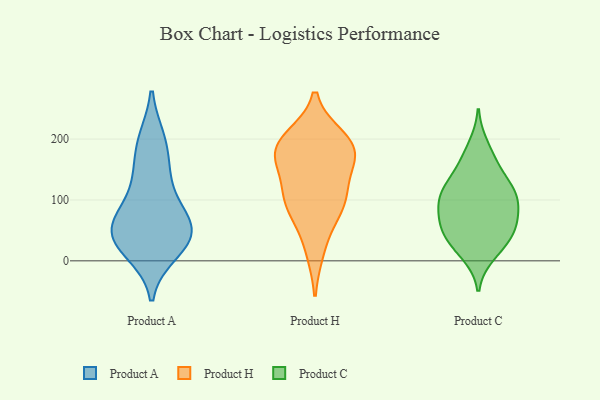
{"axis": {"x": "Inventory Turnover", "y": "Value"}, "legend": ["Product A", "Product C", "Product H"], "data": [{"x": "", "y": 38, "type": "Product A"}, {"x": "", "y": 66, "type": "Product A"}, {"x": "", "y": 196, "type": "Product A"}, {"x": "", "y": 55, "type": "Product A"}, {"x": "", "y": 92, "type": "Product A"}, {"x": "", "y": 48, "type": "Product A"}, {"x": "", "y": 198, "type": "Product A"}, {"x": "", "y": 22, "type": "Product A"}, {"x": "", "y": 137, "type": "Product A"}, {"x": "", "y": 144, "type": "Product A"}, {"x": "", "y": 65, "type": "Product A"}, {"x": "", "y": 37, "type": "Product A"}, {"x": "", "y": 15, "type": "Product A"}, {"x": "", "y": 104, "type": "Product H"}, {"x": "", "y": 19, "type": "Product H"}, {"x": "", "y": 101, "type": "Product H"}, {"x": "", "y": 157, "type": "Product H"}, {"x": "", "y": 103, "type": "Product H"}, {"x": "", "y": 200, "type": "Product H"}, {"x": "", "y": 189, "type": "Product H"}, {"x": "", "y": 187, "type": "Product H"}, {"x": "", "y": 179, "type": "Product H"}, {"x": "", "y": 177, "type": "Product H"}, {"x": "", "y": 78, "type": "Product H"}, {"x": "", "y": 190, "type": "Product C"}, {"x": "", "y": 70, "type": "Product C"}, {"x": "", "y": 10, "type": "Product C"}, {"x": "", "y": 100, "type": "Product C"}, {"x": "", "y": 70, "type": "Product C"}, {"x": "", "y": 166, "type": "Product C"}, {"x": "", "y": 36, "type": "Product C"}, {"x": "", "y": 56, "type": "Product C"}, {"x": "", "y": 101, "type": "Product C"}, {"x": "", "y": 44, "type": "Product C"}, {"x": "", "y": 131, "type": "Product C"}, {"x": "", "y": 41, "type": "Product C"}, {"x": "", "y": 17, "type": "Product C"}, {"x": "", "y": 114, "type": "Product C"}, {"x": "", "y": 123, "type": "Product C"}, {"x": "", "y": 65, "type": "Product C"}, {"x": "", "y": 155, "type": "Product C"}, {"x": "", "y": 102, "type": "Product C"}, {"x": "", "y": 104, "type": "Product C"}]}